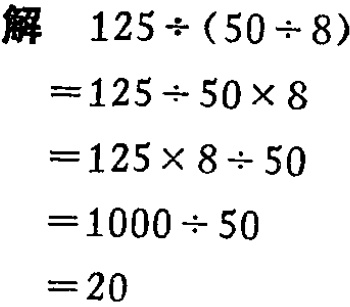
解
\[
\begin{align*}
125\div(50\div8)&=125\div50\times8\\
&=125\times8\div50\\
&=1000\div50\\
&=20
\end{align*}
\]